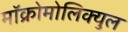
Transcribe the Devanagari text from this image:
मॉक्रोमोलिक्युल